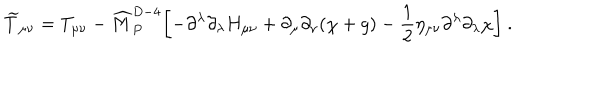
{ \widetilde T } _ { \mu \nu } = T _ { \mu \nu } - { \widehat M } _ { P } ^ { D - 4 } \biggl [ - \partial ^ { \lambda } \partial _ { \lambda } H _ { \mu \nu } + \partial _ { \mu } \partial _ { \nu } ( \chi + g ) - { \frac { 1 } { 2 } } \eta _ { \mu \nu } \partial ^ { \lambda } \partial _ { \lambda } \chi \biggr ] ~ .